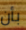
بأن